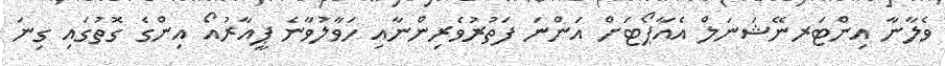
ވެލާނާ އިންޓަރނޭޝަނަލް އެއާޕޯޓަށް އަންނަ ފަތުރުވެރިންނާއި ހަވާލުވާނެ ޕީއާރުއޯ އިންގެ ގޮތުގައި ގިނަ